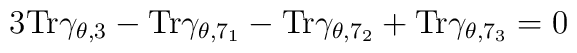
3 {\rm Tr}\gamma_{\theta,3}-{\rm Tr}\gamma_{\theta,7_1}-{\rm Tr}\gamma_{\theta,7_2}+{\rm Tr}\gamma_{\theta,7_3}=0